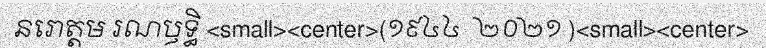
នរោត្តម រណឫទ្ធិ <small><center>(១៩៤៤  ២០២១ )<small><center>